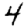
Digit: 4